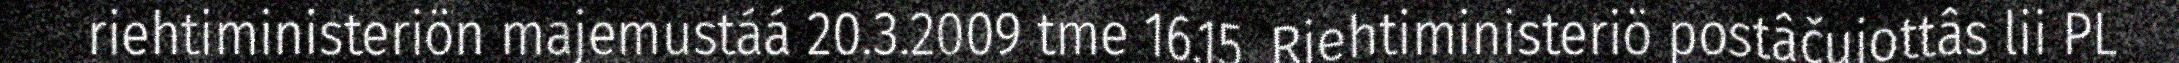
riehtiministeriön majemustáá 20.3.2009 tme 16.15. Riehtiministeriö postâčujottâs lii PL